Vabadussoja_Ajaloo_Komitee, lk 18
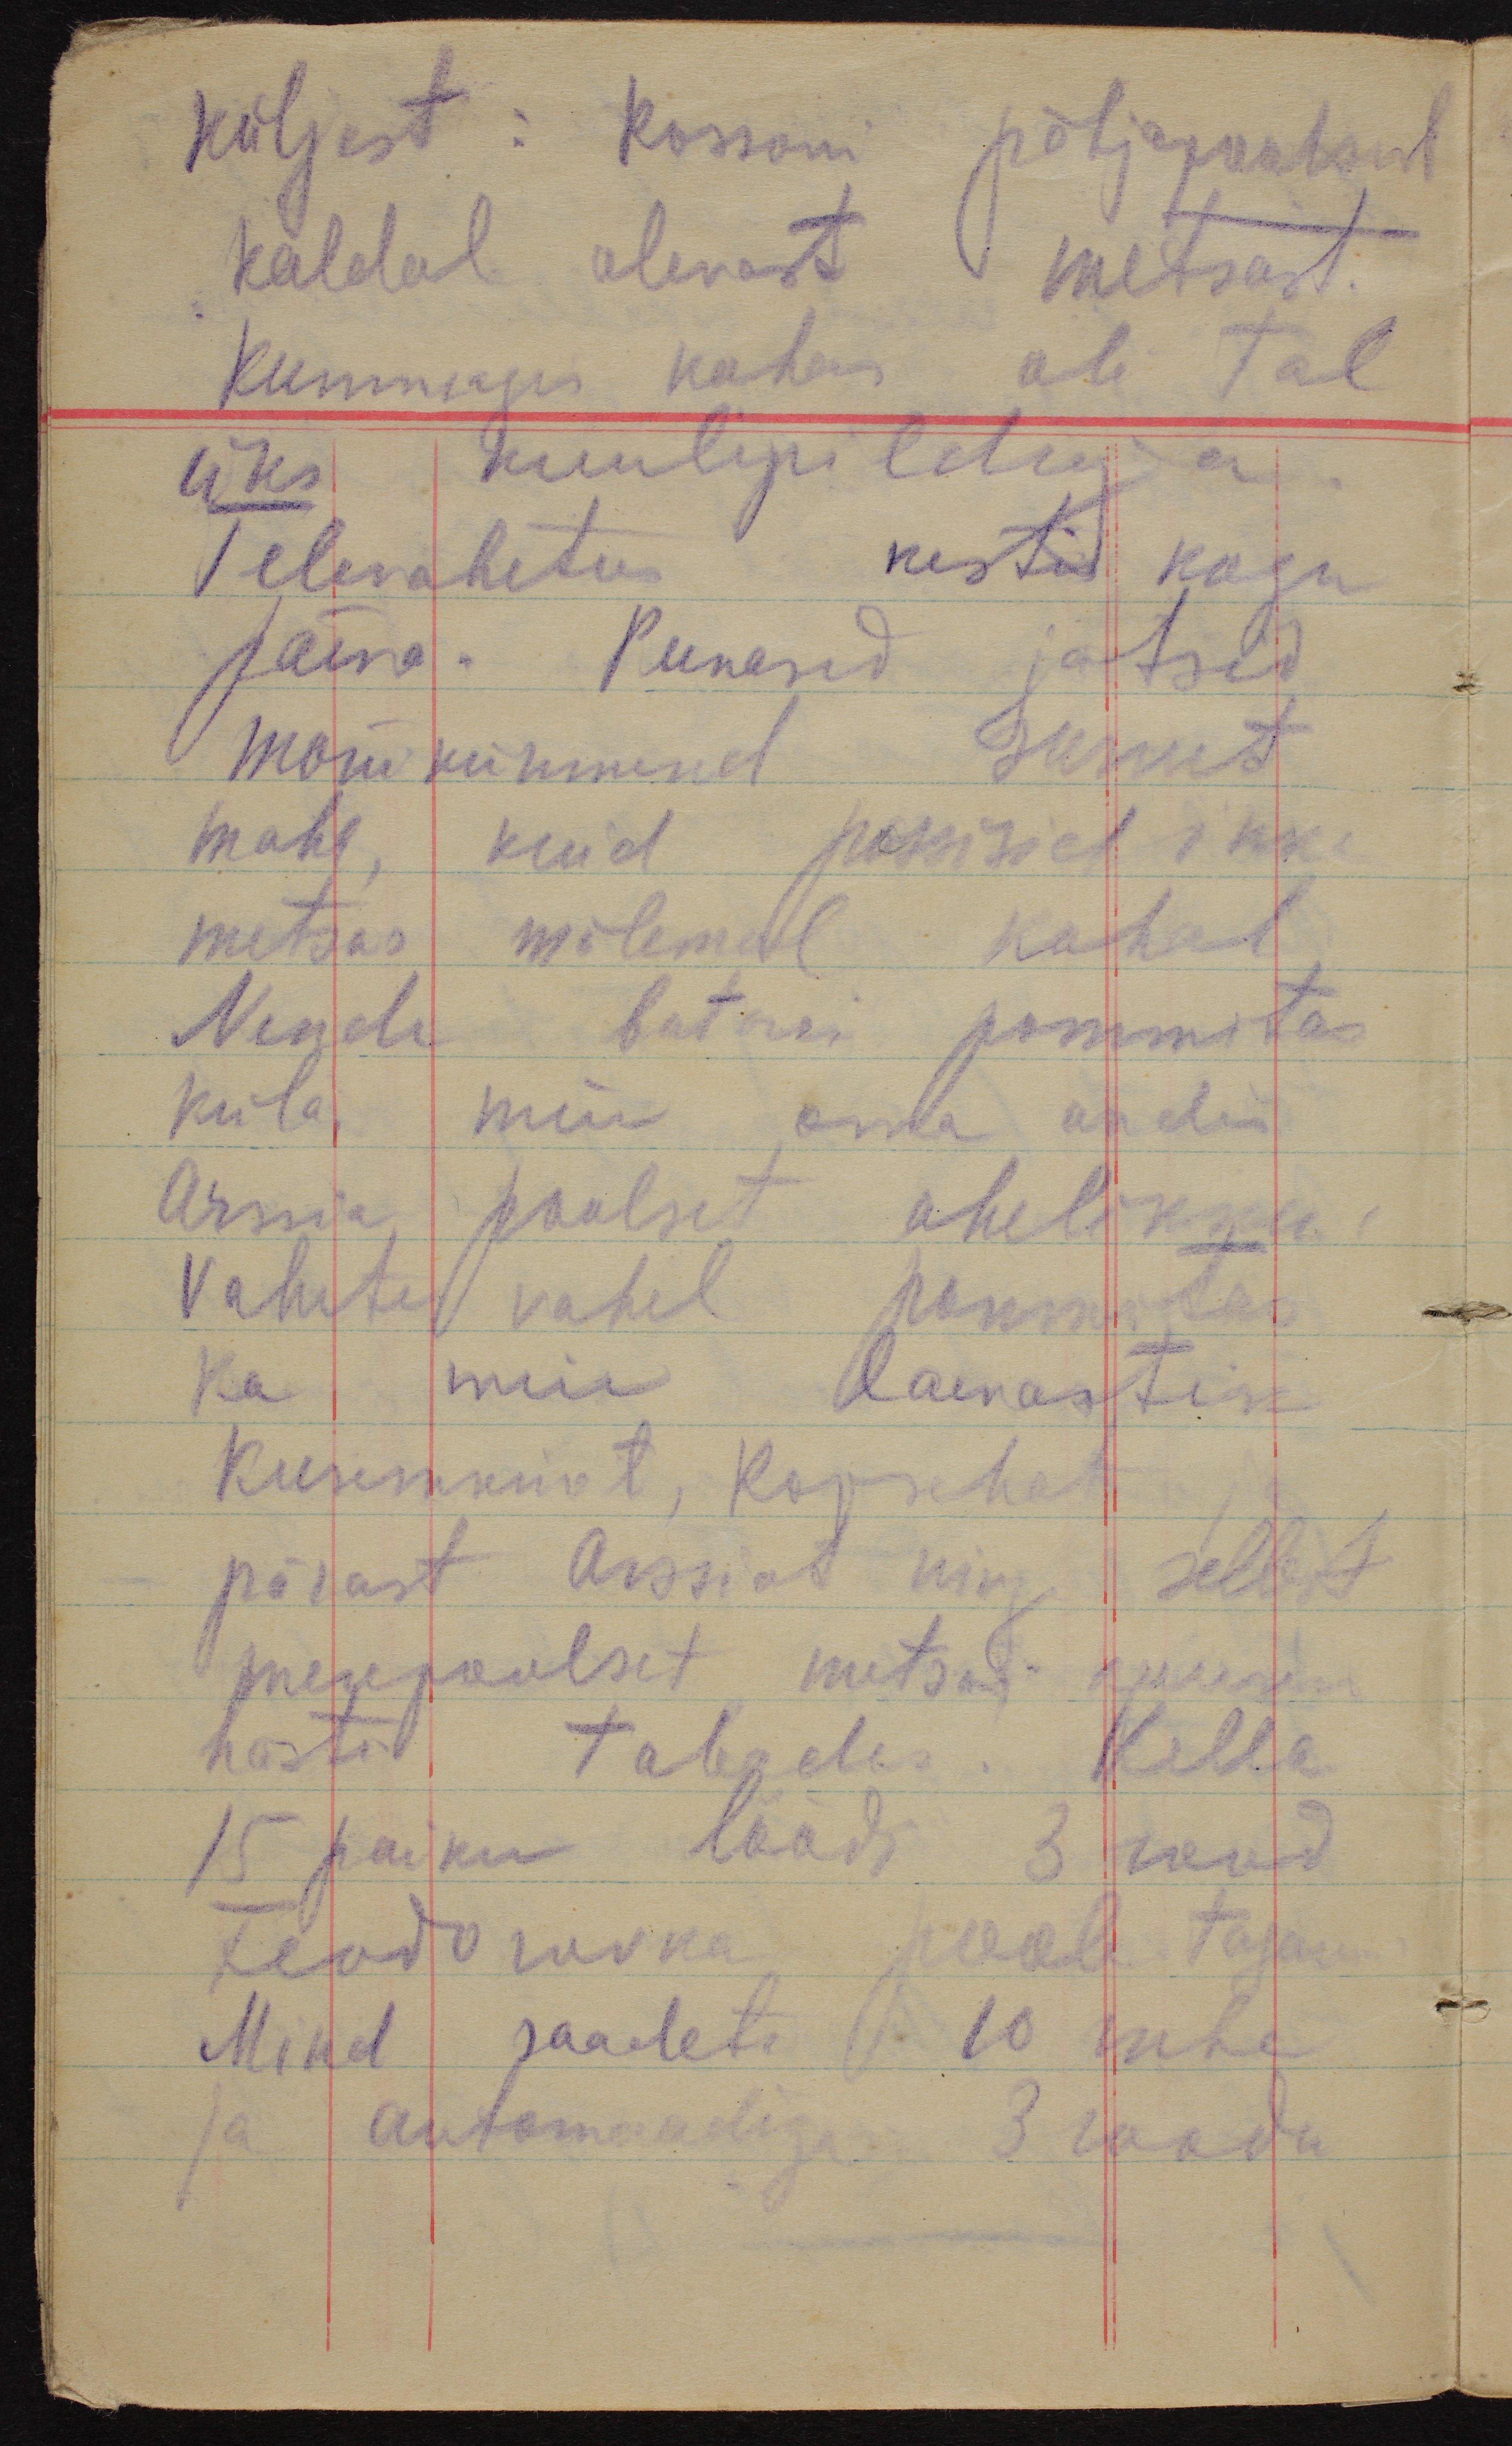
küljest: Rossoni põhjapoolsest
kaldal olevast metsast.
Kummagis kohas oli tal
üks kuulipilduja.
Televahetus kestis kogu
päeva. Punasid jätsid
mõnikümmend surnut
maha, kuid passisid ikke
metsas mõlemal kohal
Nende batarei pommitas
küla meie oma andis
Arssia poolset ahelikku
Vahete vahel pommitas
ka meie laevastik
Kusemkinot, Ropschat ja
pärast Arssiat ning sellest
merepoolset metsas puurem
hästi tabades. Kella
15 paiku löödi 3 rood
Feodorovka poole tagasi
Mind saadeti 10 mehe
ja automaadiga 3 roodu